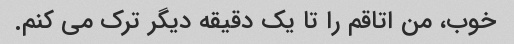
خوب، من اتاقم را تا یک دقیقه دیگر ترک می کنم.